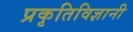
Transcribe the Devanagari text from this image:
प्रकृतिविज्ञानी